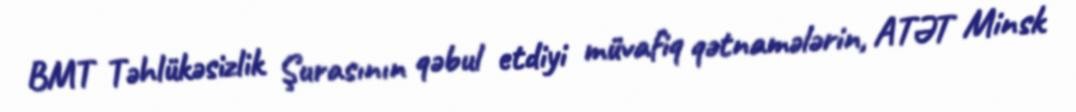
BMT Təhlükəsizlik Şurasının qəbul etdiyi müvafiq qətnamələrin, ATƏT Minsk